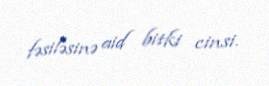
fəsiləsinə aid bitki cinsi.